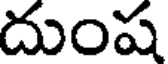
దుంష